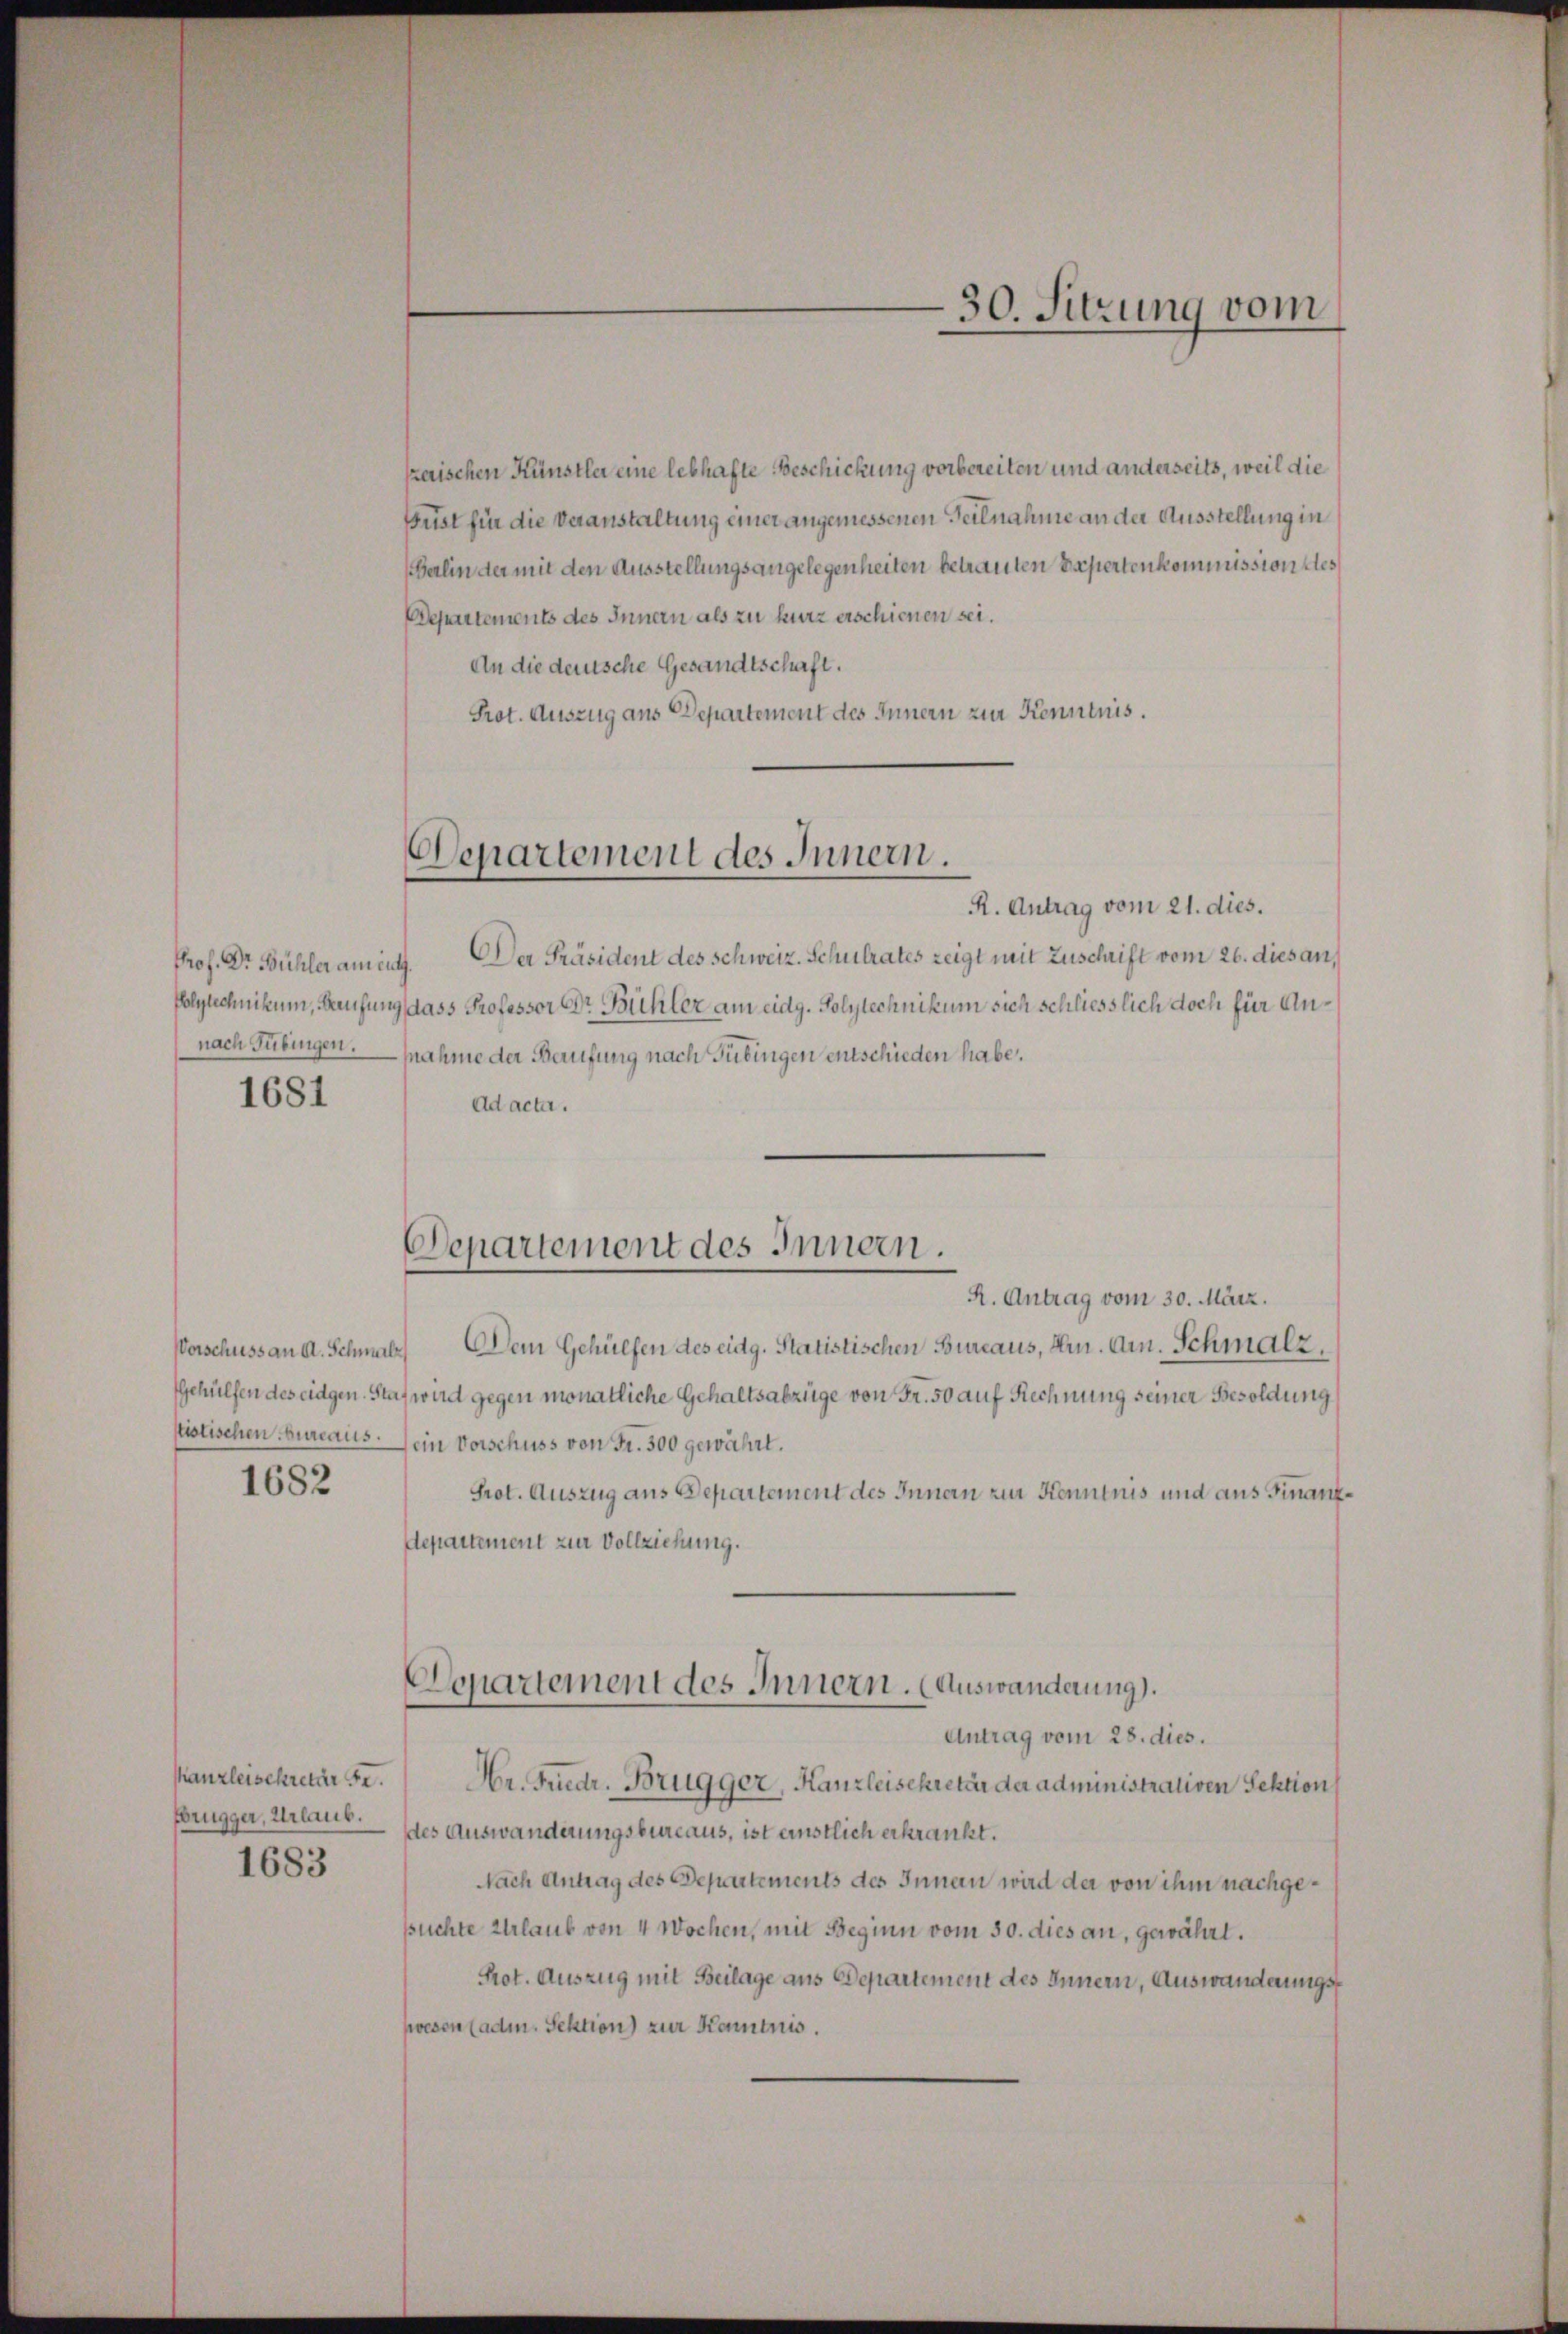
Prof. Dr. Bühler am ents.
nach Tübingen.

1681

1682

kanzleisekretär se
1683

szerischen Künstler eine lebhafte Beschickung vorbereiten und anderseits, weil die
Frist für die Veranstaltung einer angemessenen Teilnahme an der Ausstellung in
Berlin der mit den Ausstellungsangelegenheiten betrauten Papiertenkommission des
Departements des Innern als zu kurz erschienen sei.
An die deutsche Gesandtschaft.
Prot. Auszug aus Departement des Innern zur Kenntnis.

R. Antrag vom 21. dies.
Der Präsident des Schweiz. Schulrates zeigt mit Zuschrift vom 26. dies an,
Polytechnikum, Berufung dass Professor Dr. Bühler am eidg. Polytechnikum sich schliesslich doch für Anfnahme der Berufung nach Tübingen entschieden habe.
Ad acta.

Departement des Innern.

Departement des Innern.
R. Antrag vom 30. März.

Departement des Innern. (Auswanderung).

30. Sitzung vom
—

Vorschuss an A. Schmalz, Dem Gehülfen des eidg. Statistischen Bureaus, Hrn. Am Schmalz,
Gehülfen des eidgen. Staf wird gegen monatliche Gehaltsabzüge von Fr. 50 auf Rechnung seiner Besoldung
stistischen bureaus ein Vorschuss von Fr. 300 gewährt.
Prot. Auszug aus Departement des Innern zur Kenntnis und aus Finanz
departement zur Vollziehung.
Antrag vom 28. dies.
Hr. Friedr. Brugger, Kanzleisekretär der administrativen Sektion
fbrugger, Urlaute des Auswanderungsbureaus, ist einstlich erkrankt.
Nach Antrag des Departements des Innau wird der von ihm nachgesuchte Urlaub von 4 Wochen, mit Beginn vom 30. dies an, gewährt.
Prot. Auszug mit Beilage aus Departement des Innern, Auswanderungsswesen lade. Sektion zur Kaminis.